Rapla_vallavalitsus, lk 8
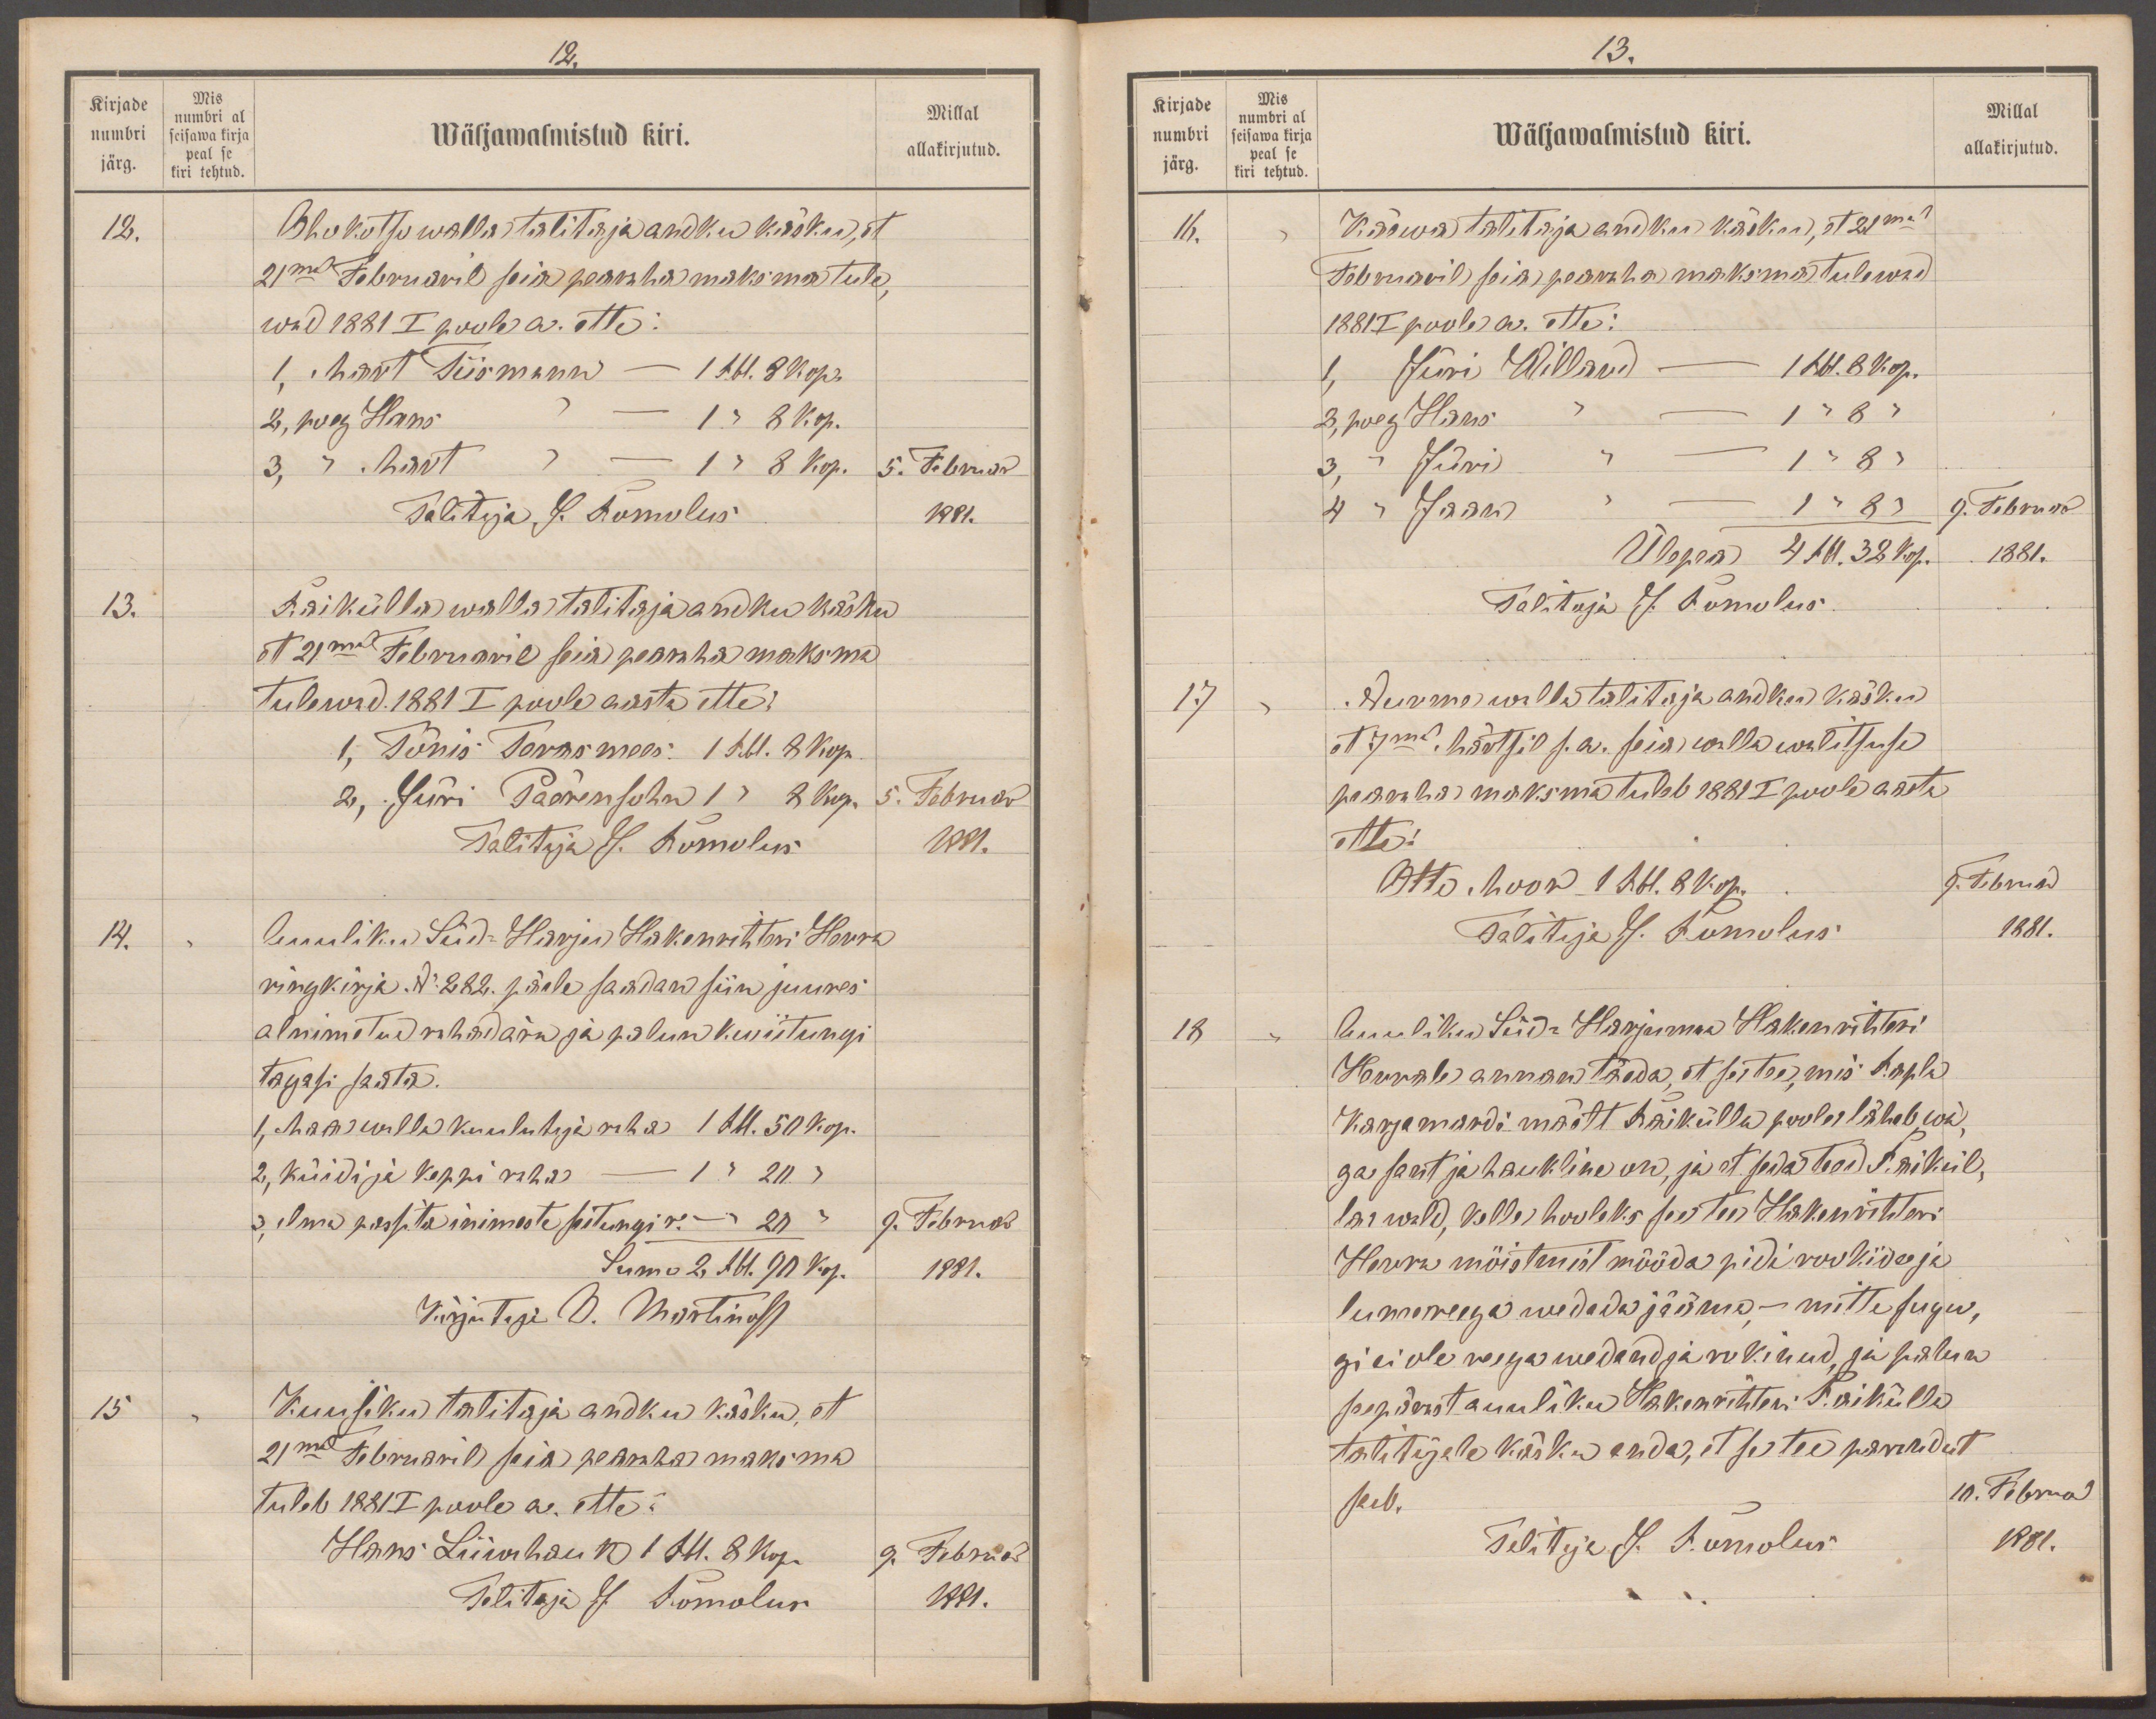
12.
Kirjade
Mis
numbri al
numbri
Millal
seisawa kirja
järg. kiri tehtud.
Wäljawalmistud kiri.
allakirjutud.
peal se
kiri tehtud
12.
Ohukotsu walla talitaja andku käsku et
21mal Februaril seia pearaha maksma tule,
wad 1881 I poole a. ette:
1, Mart Tiismann - 1 Rbl. 8 Kop.
2, poeg Hans - 1 " 8 Kop.
3,  "  Mart I - 1 " 8 Kop.
5. Februar
Talitaja J. Romolus
1881.
13.
Rai külla walla talitaja andku käsku
et 21mal Februaril seia pearaha maksma
tulewad. 1881 I poole aasta ette:
1, Tõnis Terasmees: 1 Rbl. 8 Kop.
2, Jüri Päerensohn 1 " 8 Kop.
5. Februar
Talitaja J. Romolus
1881.
14.
Auuliku Süd-Harju Hakenrihteri Herra
ringkirja. No 282. järele saadan siin juures
alnimetud rahad ära ja palun kwiitungi
tagasi saata.
1, Maa walla kuulutaja raha 1 Rbl. 50 Kop.
2, küidi ja kappi raha - 1 " 20 "
3. Ilma passita inimeste seitungi r. - " 20 "
9. Februar
Summa 2 Rbl. 90 kop.
1881.
Kirjutaja B. Martinoff
15
Kuusiku talitaja andku käsku, et
21mal Februaril seia pearaha maksma
tuleb 1881 I poole a. ette:
Hans Liiwihaun 1 Rbl. 8 kop.
9. Februar
Talitaja J. Romolus
1881.

13.
Kirjade
Mis
numbri al
numbri
Wäljawalmistud kiri.
Millal
seisawa kirja
allakirjutud.
peal se
järg.
kiri tehtud
16.
Käewa talitaja andkus käsku, et 21mal
Februaril seia pearaha maksma tulewad
1881 I poole a. ette:
1, Jüri Willand - 1 Rbl. 8 kop.
2, poeg Hans  " 1 " 8 "
3,  "  Jüri " 1 " 8 "
4 , "  Jaan " 1 " 8 "
9. Februar
Ülepea 4 Rbl. 32 kop.
1881.
Talitaja J. Romolus
17
Nurme walla talitaja andku käsku
et 17mal Märtsil s.a. seia walla walitsuse
pearaha maksma tuleb 1881 I poole aasta
ette
Otto Moor 1 Rbl. 8 Kop.
9. Februar
Talitaja J. Romolus
1881.
18
Auuliku Süd-Harjamaa Hakenrihteri
Härrale annan täeda, et se tee, mis Rapla
Karjamardi mäelt Raikülla poole läheb wä-
ga sant ja haukline on, ja et seda teed. Raikül,
la wald, kelle hooleks see tee Hakenrihteri
Herra möistmist mööda pidi rookida ja
lumereega wedada jääma - mitte sugu,
gi ei ole reega wedand ja rokinud, ja palun
seepärast auuliku Hakenrihteri Raikülla
talitajale käsku anda, et se tee parandut
saab.
10. Februar
Talitaja J. Romolus
1881.